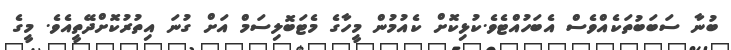
ބުނާ ސަބަބުތަކެއްވެސް އެބަހުއްޓެވެ.ކުޅިކޮށް ކެއުމުން މީހާގެ މެޓަބޮލިސަމް އަށް ގުނަ އިތުރުކޮށްދޭތީއެވެ. މީގެ